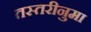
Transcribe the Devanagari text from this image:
तस्तरीनुमा